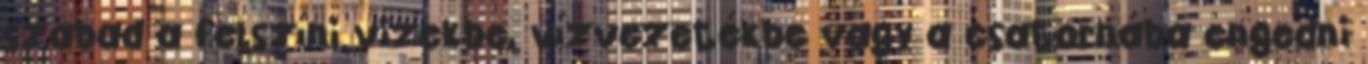
szabad a felszíni vizekbe, vízvezetékbe vagy a csatornába engedni